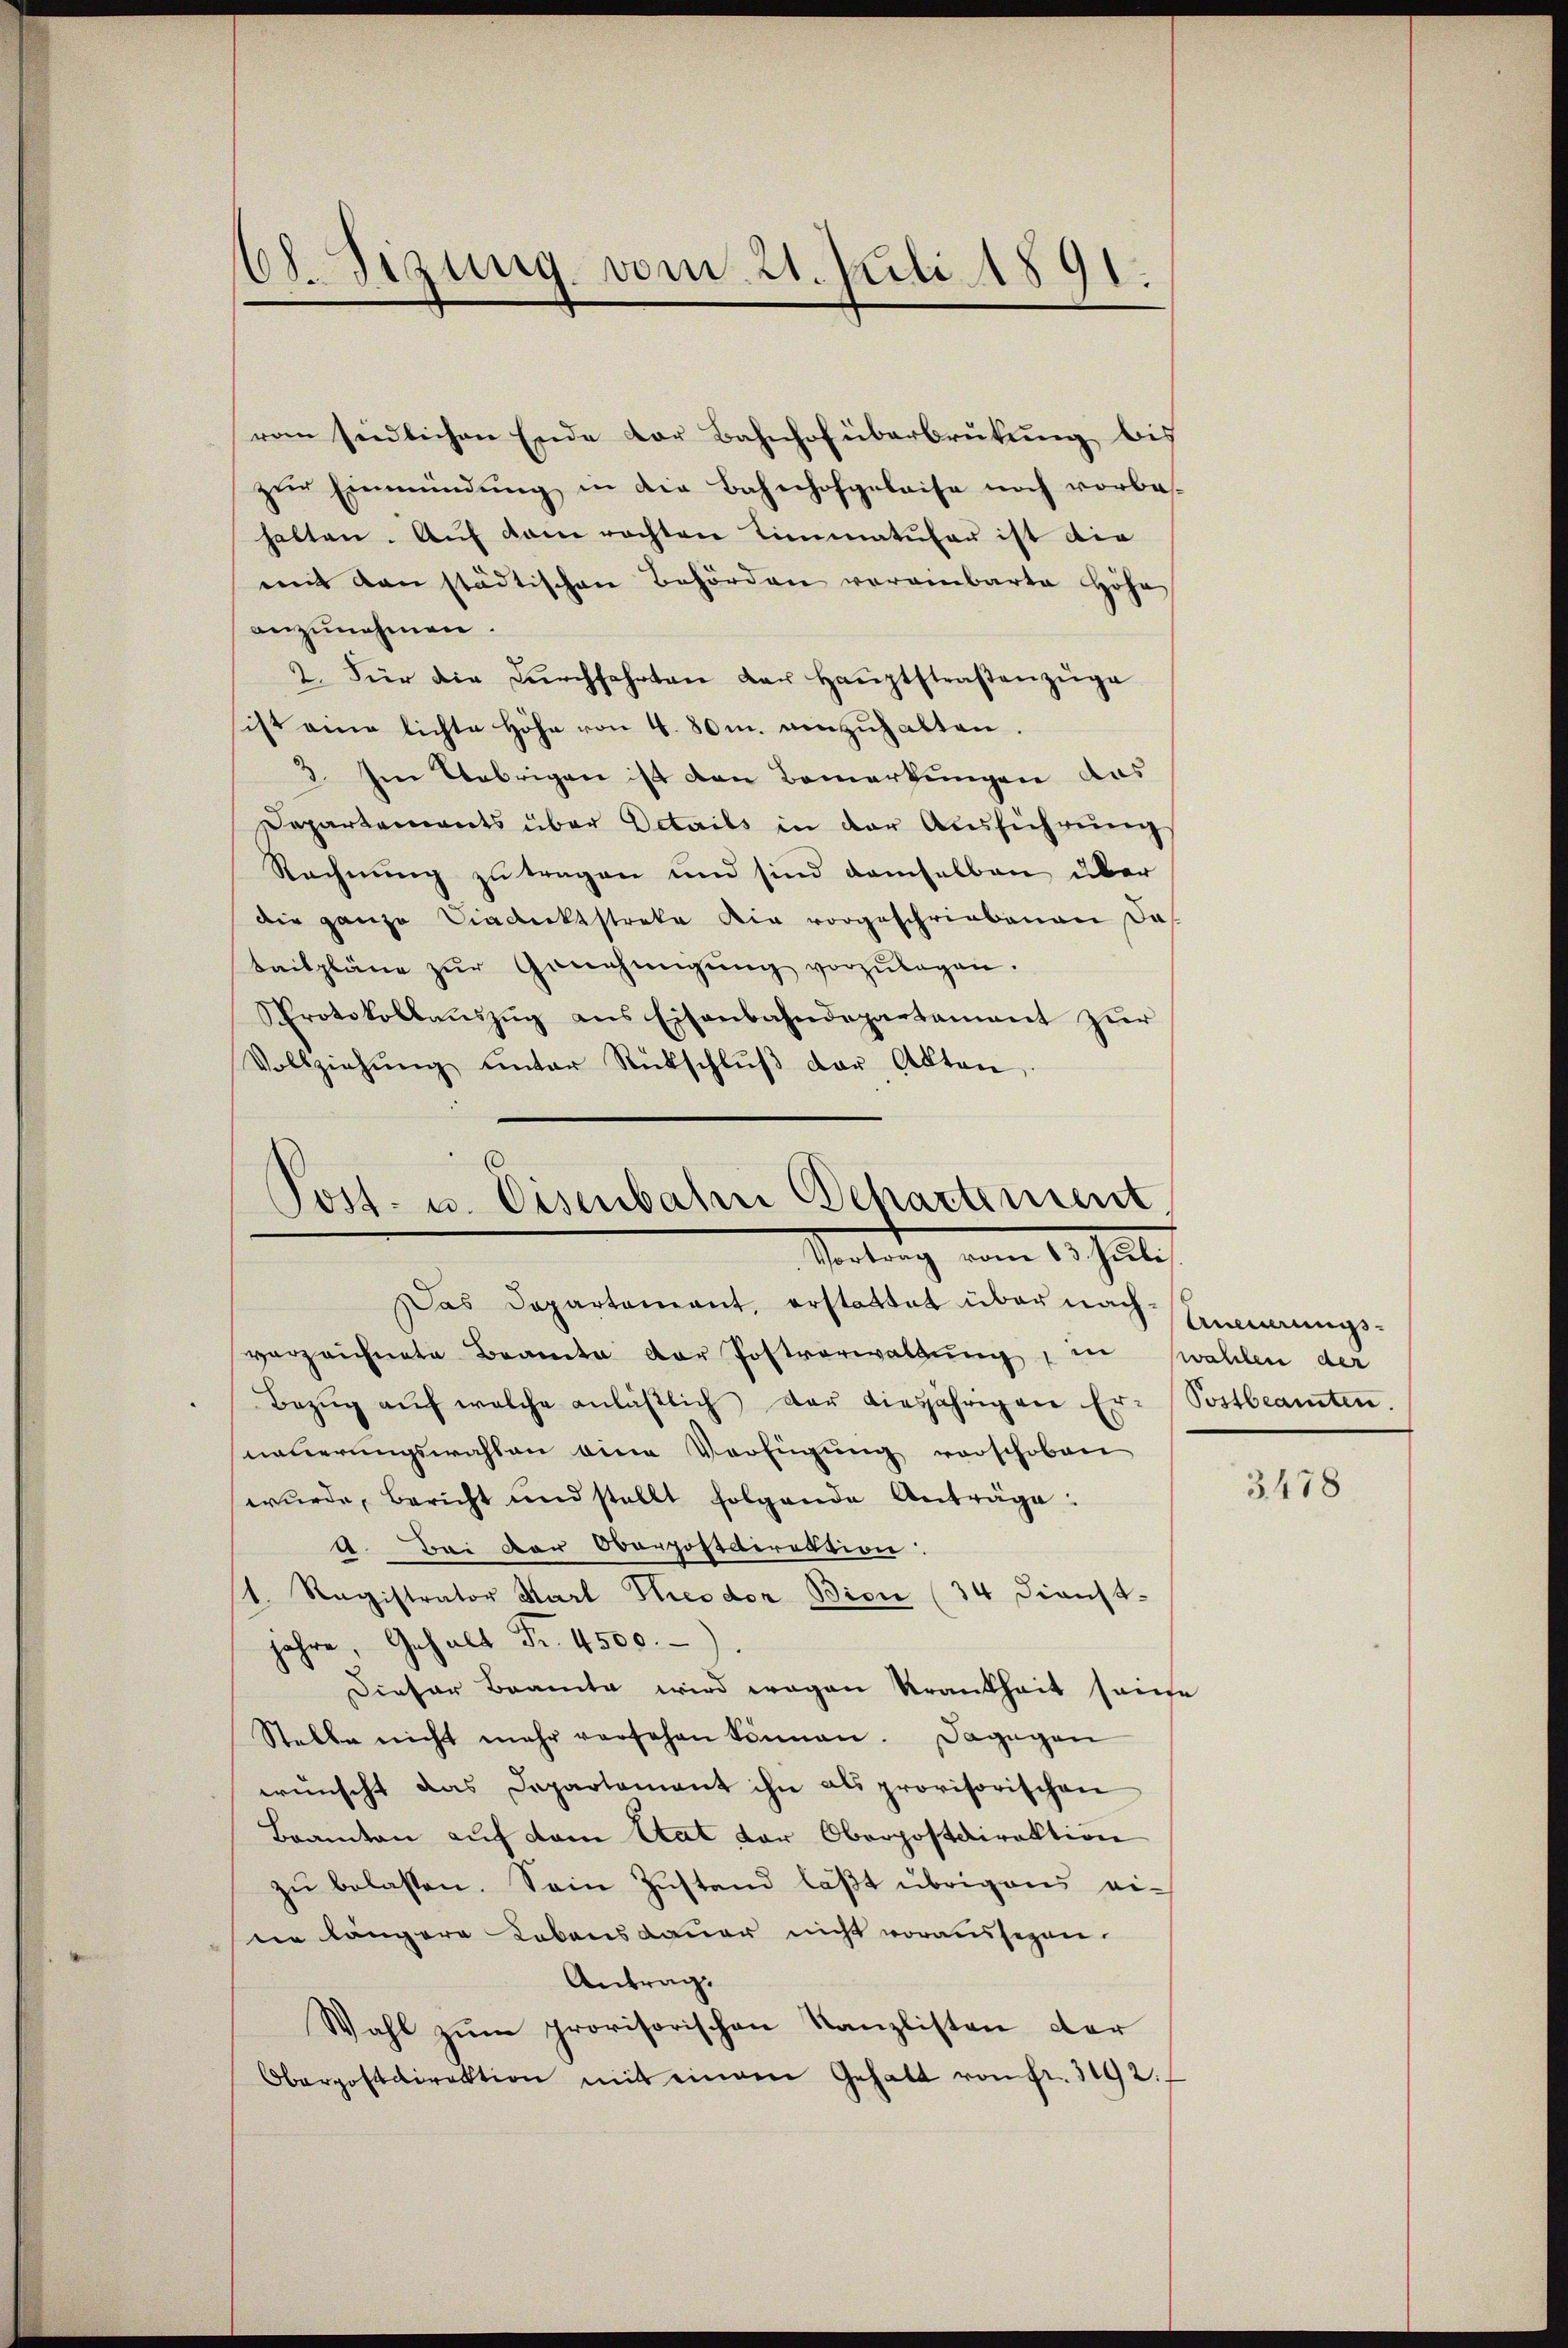
68.Sizung vom 21. Juli 1891.

vom südlichen Ende der Bahnhof überbrükŭng bis
zŭr Einmündŭng in die Bahnhofgeleise noch vorbe
halten. Aŭf dem rechten Limmatular ist die
mit den städtischen Behörden vereinbarte Höhe
anzunehmen.
2. Für die Dŭrchfahrten der Haŭptstraßenzüge
sist eine lichte Höhe von 4. 80m. einzuhalten.
3. Im Uebrigen ist den Bemerkungen das
Departements über Details in der Ausführung
Rechnung zu tragen und sind demselben über
die ganze Diadecktstreke die vorgeschriebenen das
bailpläne zŭr Genehmigŭng vorzŭlagen.
Protokollaŭszŭg ans Eisenbahndepartament zur
Vollziehŭng ŭnter Rückschlŭβ der Akten,

Post- u. Eisenbahn Departement
Vortrag vom 13. Juli
Das Departement, erstattet über nach Einungs¬

verzeichnete Braute der Postverwaltung, in zwahlen der
Bezŭg aŭf welche anläβlich der diesjährigen Er-Postbeamten.
nauerungswahlen eine Verfügung vorschoben
wŭrde, bericht und stellt folgende Anträge:
1. Bei der Oberpostdirektion:
1. Registrator Karl Theodor Bion (34 Dienst-
jahre, Gehalt Fr. 4500.
Dieser Beamte wird wegen Krankheit seine
Stelle nicht mehr versehen können. Dagegen
wünscht das Departement ihn als provisorischen
Beamten auf dem Etat der Oberpostdirektion
zu belassen. Sein Zustand läßt übrigens eine längere Lebensdauer nicht voraussezen.
Antrag.
Wahl zum provisorischen Kanzlisten der
Oberpostdirektion mit einem Gehalt von fr. 1192.

3478